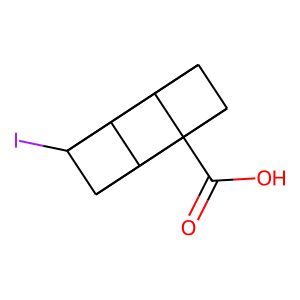
SMILES: O=C(O)C12C3C4C1C1C2C3C41I
Inhibits HIV replication: No